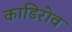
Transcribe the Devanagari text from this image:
काडिरोव